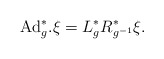
\begin{align*} \hbox{Ad}^*_{g}.\xi = L_{g}^*R_{{g}^{-1}}^*\xi.\end{align*}